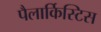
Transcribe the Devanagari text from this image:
पैलार्किस्टिस